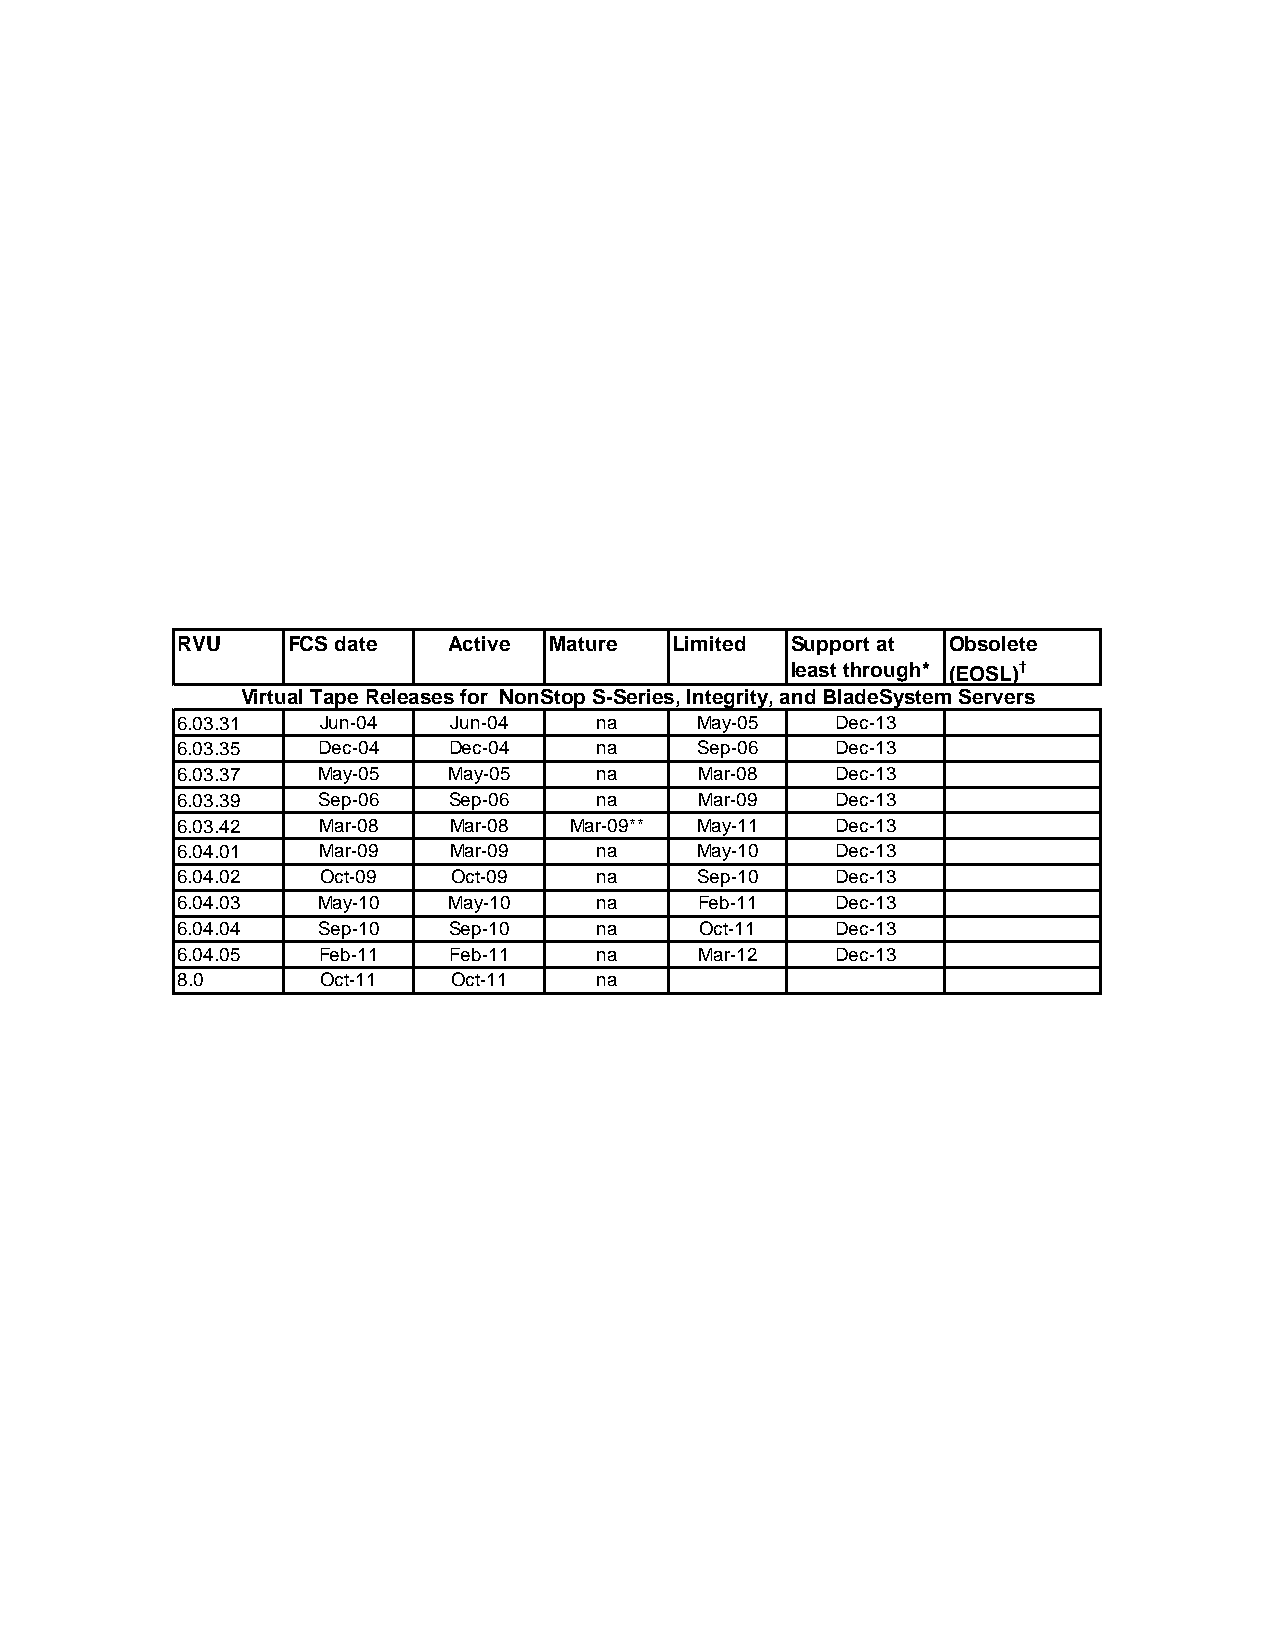
RVU    FCS date   Active Mature  Limited Support at Obsolete
 least through* (EOSL)†
 Virtual Tape Releases for NonStop S-Series, Integrity, and BladeSystem Servers
 6.03.31  Jun-04   Jun-04    na    May-05    Dec-13
 6.03.35  Dec-04   Dec-04    na    Sep-06    Dec-13
 6.03.37  May-05   May-05    na    Mar-08    Dec-13
 6.03.39  Sep-06   Sep-06    na    Mar-09    Dec-13
 6.03.42  Mar-08   Mar-08  Mar-09** May-11   Dec-13
 6.04.01  Mar-09   Mar-09    na    May-10    Dec-13
 6.04.02  Oct-09   Oct-09    na    Sep-10    Dec-13
 6.04.03  May-10   May-10    na    Feb-11    Dec-13
 6.04.04  Sep-10   Sep-10    na     Oct-11   Dec-13
 6.04.05  Feb-11   Feb-11    na    Mar-12    Dec-13
 8.0      Oct-11   Oct-11    na